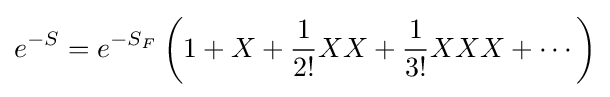
e^{-S}=e^{-S_{F}}\left(1+X+{\frac {1}{2!}}XX+{\frac {1}{3!}}XXX+\cdots \right)